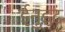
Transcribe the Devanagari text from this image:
ईनुइट